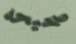
صحيحه